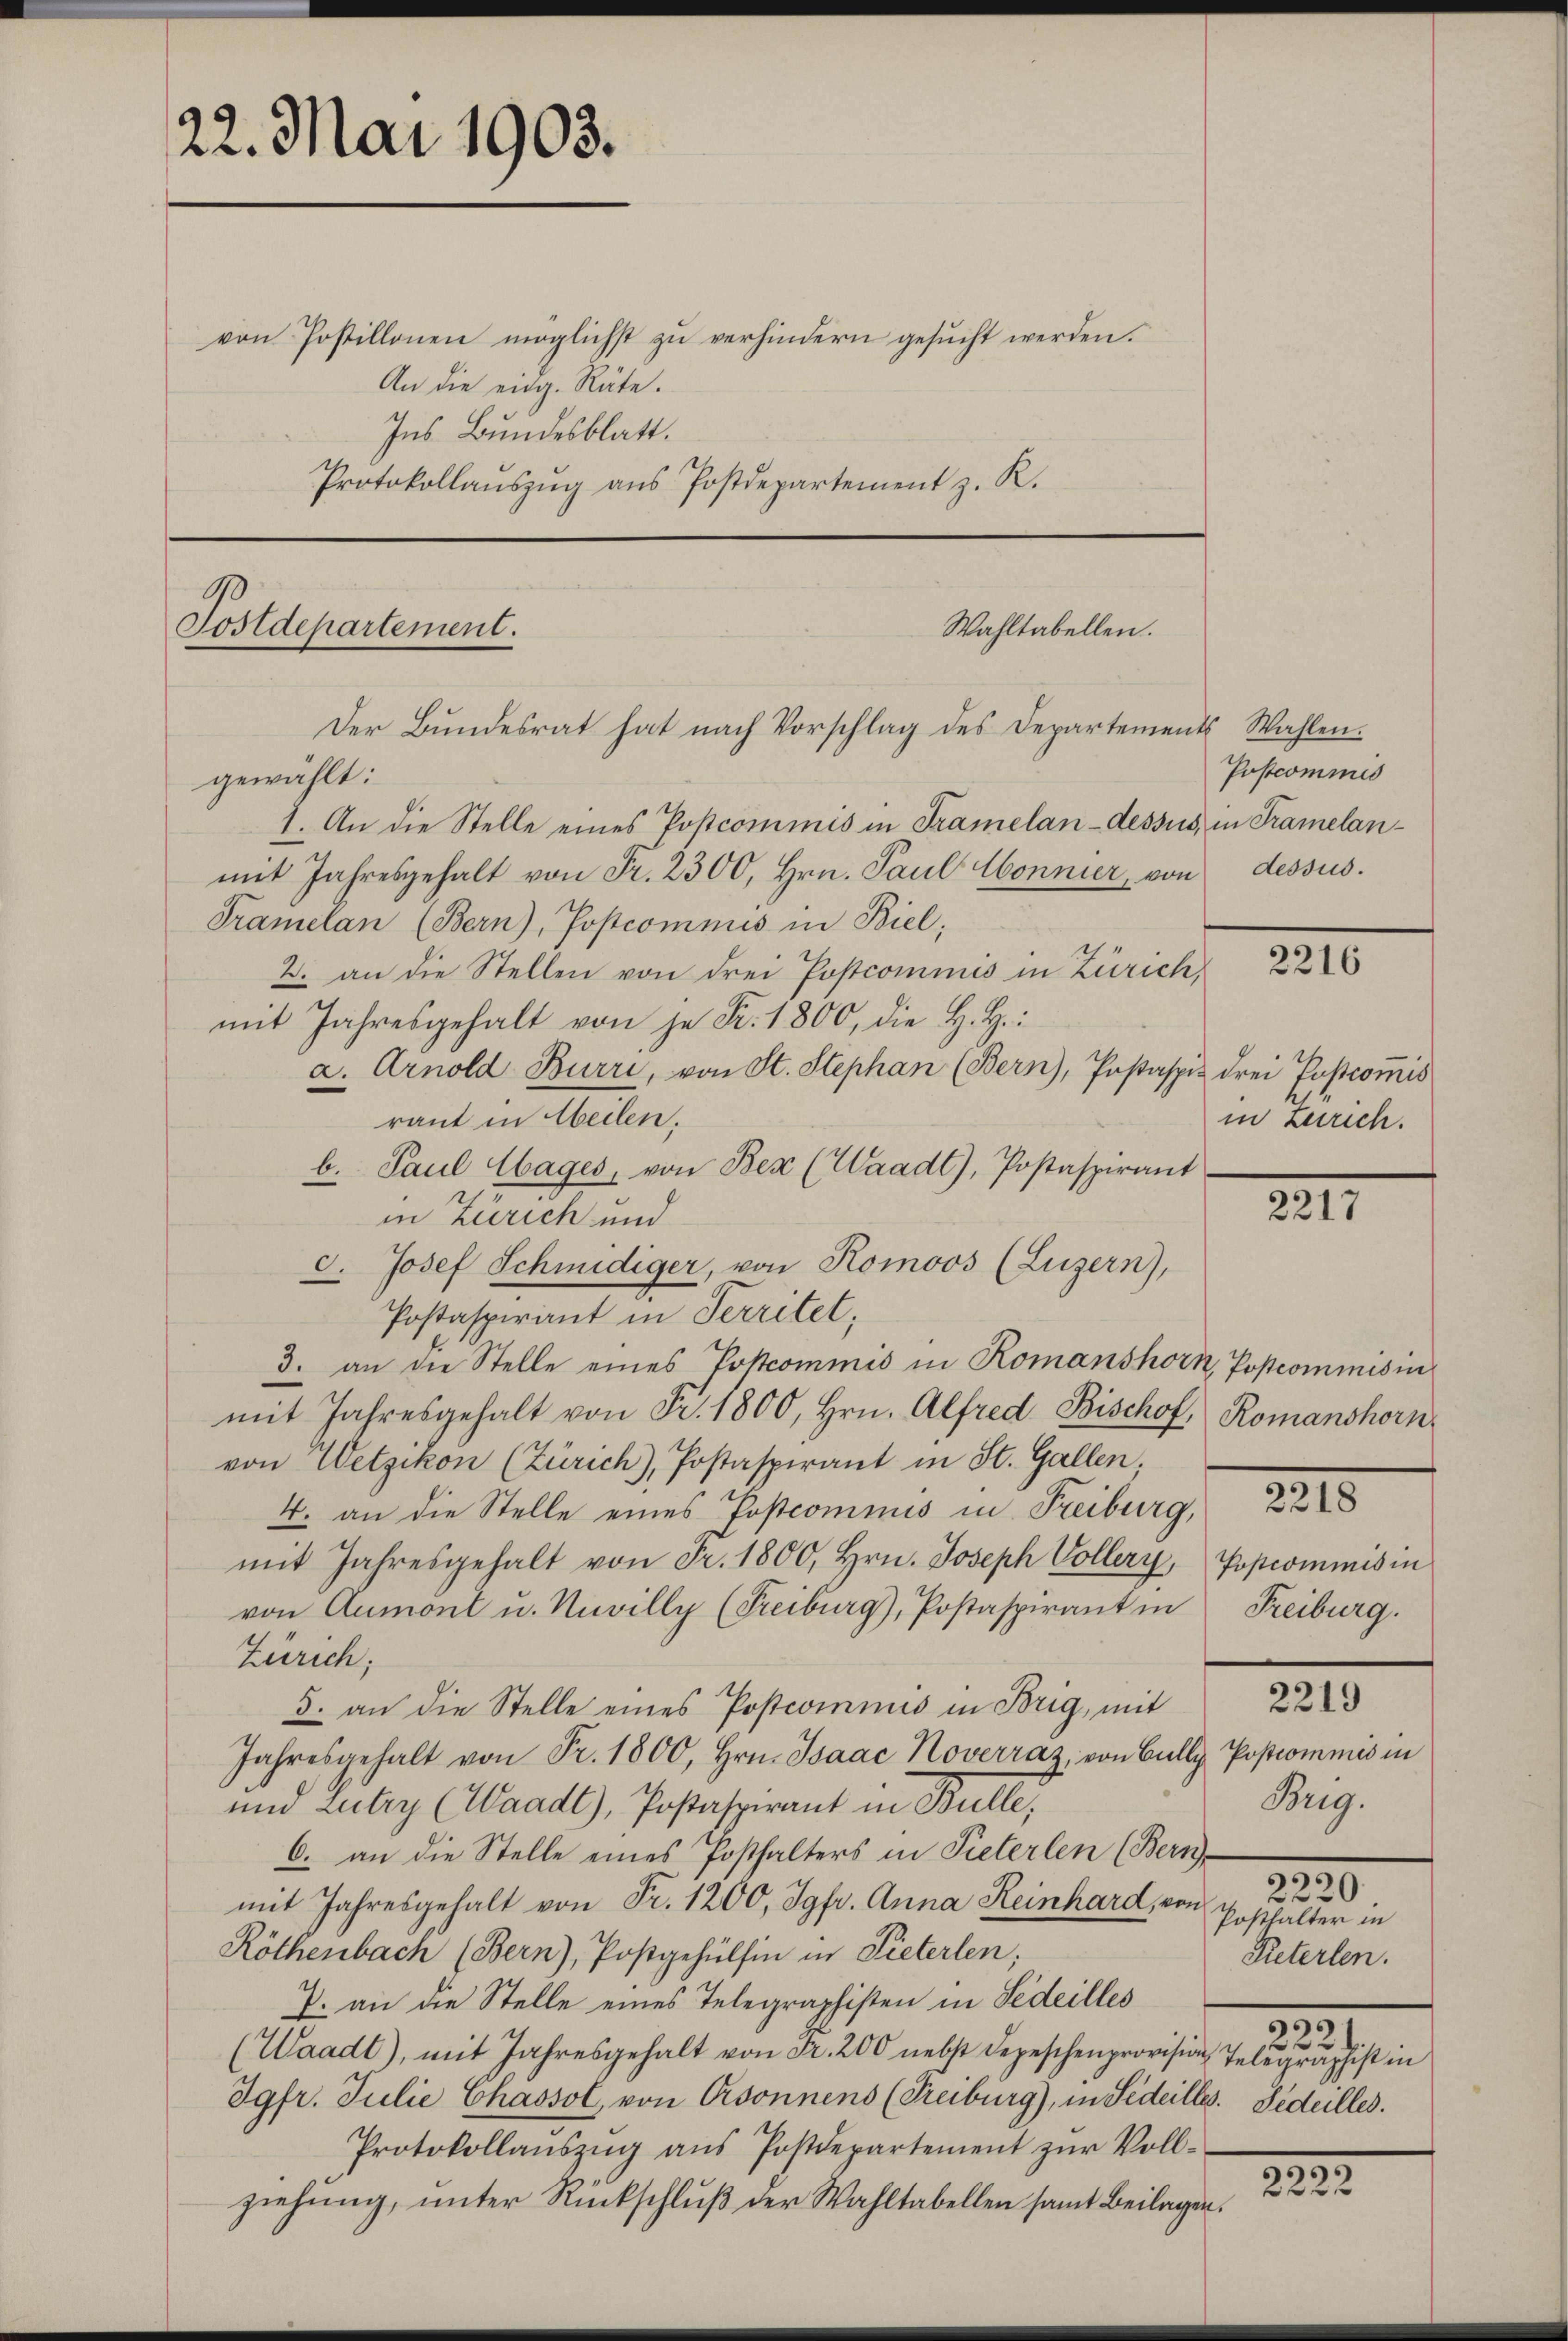
22. Mai 1903.

von Postillonen möglichst zu verhindern gesucht werden.
An die eidg. Räte.
Ins Bundesblatt.
Protokollaŭszŭg aŭs Postdepartement z. R.

B
Wahltabellen.
Sostdepartement.
Der Bundesrat hat nach Vorschlag des Departements Wahlen.
gewählt:

1. An die Stelle eines Postcommis in Tramelan-dessus, in Tramelanmit Jahresgehalt von Fr. 2300, Hrn. Paul Honnier, von dessus.
Tramelan (Bern), Postcommis in Biel;
2. an die Stellen von drei Postcommis in Zürich,
mit Jahresgehalt von je Fr. 1800, die H. H.
a. Arnold Burri, von St. Stephan (Bern), Pastaspis drei Postcom̅is
raut in Weilen:
b. Paul Hages, von Bex (Waadt, Postaspirant
in Zürich und
d. Josef Schmidiger, von Komoos (Luzern),
Postaspirant in Territet;
3. an die Stelle eines Pottcommis in Romanshorn, Postcommis in
mit Jahresgehalt von Fr. 1800, Hrn. Alfred Bischof, Romanshorn
von Wetzikon (Zürich), Postaspirant in St. Gallen;
4. an die Stelle eines Postcommis in Freiburg,
mit Jahresgehalt von Fr. 1800, Hrn. Joseph Vollery, (...)commis in
von Aumont u. Unwilly (Freiburg), Postaspirant in
Zürich;
5. an die Stelle eines Postcommis in Brig, mit
Jahresgehalt von Fr. 1800, Hrn. Isaac Noverraz, von Bully Popcommis in
und Lutry (Waadt), Postaspirant in Bulle;
6. an die Stelle eines Posthalters in Pieterlen (Bern,
mit Jahresgehalt von Fr. 1200, Jgfr. Anna Reinhard, von Posthalter in
Röthenbach (Bern), Postgehülfen in Pieterlen;
7. an die Stelle eines Telegraphisten in Sedeilles
(Waadt), mit Jahresgehalt von Fr. 200 nebst Depeschenprovision, Telegraphist in
Jgfr. Julie Chassol, von Csonnens (Freiburg), in Sedeilles. Fideilles.
Protokollaŭszŭg aŭs Postdepartement zŭr Voll-
ziehung, unter Rückschluß der Wahltabellen samt Beilagen.

Postcommis

2216

in Zürich.

2217

.

Freiburg.

2219

Bug.
2.
2

230.

2223

Peterlen.